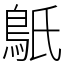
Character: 䲬